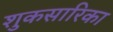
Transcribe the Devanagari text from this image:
शुकसारिका